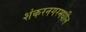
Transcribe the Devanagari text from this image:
शंकरनगरमधील